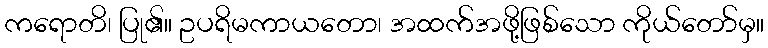
ကရောတိ၊ ပြု၏။ ဥပရိမကာယတော၊ အထက်အဖို့ဖြစ်သော ကိုယ်တော်မှ။